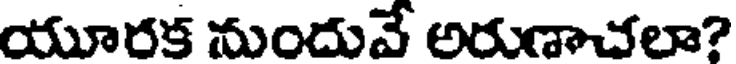
యూరక నుందువే అరుణాచలా?